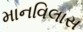
માનવિલાસ